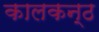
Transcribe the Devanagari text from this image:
कालकन्ठ